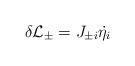
LaTeX: \begin{align*}\delta{\cal L}_{\pm} = J_{\pm i}\dot{\eta_i}\end{align*}